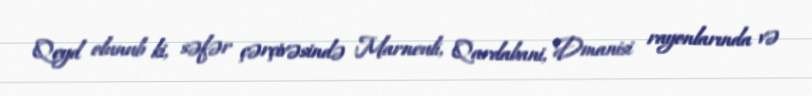
Qeyd olunub ki, səfər çərçivəsində Marneuli, Qardabani, Dmanisi rayonlarında və